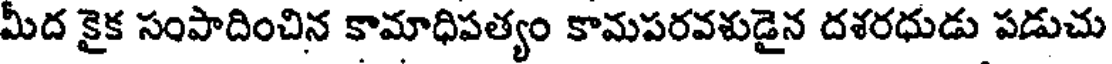
మీద కైక సంపాదించిన కామాధిపత్యం కామపరవశుడైన దశరధుడు పడుచు